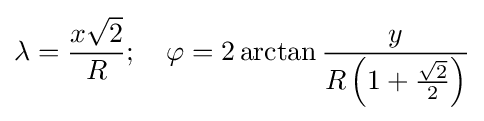
\lambda ={\frac {x{\sqrt {2}}}{R}};\quad \varphi =2\arctan {\frac {y}{R\left(1+{\frac {\sqrt {2}}{2}}\right)}}